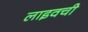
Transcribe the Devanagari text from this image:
लाइवची